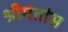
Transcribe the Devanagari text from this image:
श्रीमंतांस